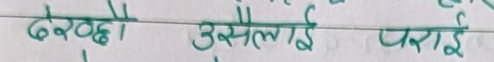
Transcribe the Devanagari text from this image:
देख्दा उसलाई पराई